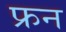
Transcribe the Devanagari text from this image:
फ्रन